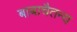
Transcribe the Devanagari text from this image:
बाबाचैतन्य